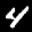
Label: 4